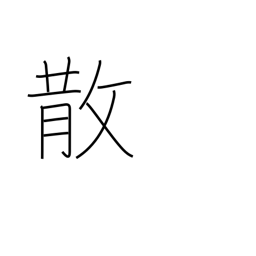
Meaning: scatter